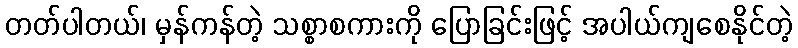
တတ်ပါတယ်၊ မှန်ကန်တဲ့ သစ္စာစကားကို ပြောခြင်းဖြင့် အပါယ်ကျစေနိုင်တဲ့